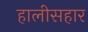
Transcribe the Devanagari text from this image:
हालीसहार